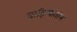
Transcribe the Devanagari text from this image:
वाहिन्यांतील